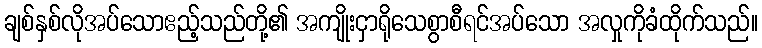
ချစ်နှစ်လိုအပ်သောဧည့်သည်တို့၏ အကျိုးငှာရိုသေစွာစီရင်အပ်သော အလှုကိုခံထိုက်သည်။